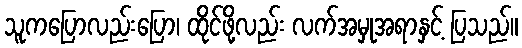
သူကပြောလည်းပြော၊ ထိုင်ဖို့လည်း လက်အမှုအရာနှင့် ပြသည်။